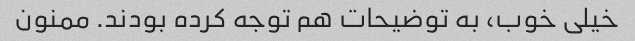
خیلی خوب، به توضیحات هم توجه کرده بودند. ممنون